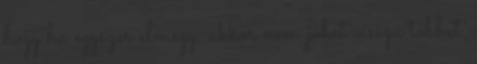
hogy ha egyszer elmegy, akkor nem jöhet vissza többet.